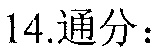
14.通分：